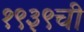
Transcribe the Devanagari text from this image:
१९३९ची